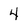
Character: 4